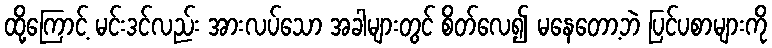
ထို့ကြောင့် မင်းဒင်လည်း အားလပ်သော အခါများတွင် စိတ်လေ၍ မနေတော့ဘဲ ပြင်ပစာများကို